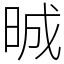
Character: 晠